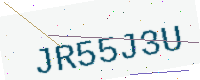
Text: JR55J3U